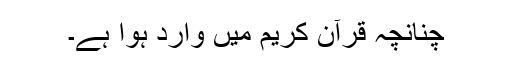
چنانچہ قرآن کریم میں وارد ہوا ہے۔